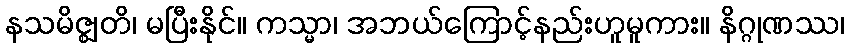
နသမိဇ္ဈတိ၊ မပြီးနိုင်။ ကသ္မာ၊ အဘယ်ကြောင့်နည်းဟူမူကား။ နိဂ္ဂုဏဿ၊